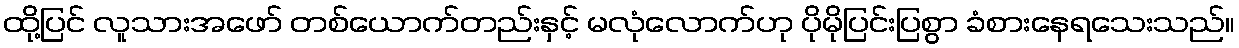
ထို့ပြင် လူသားအဖော် တစ်ယောက်တည်းနှင့် မလုံလောက်ဟု ပိုမိုပြင်းပြစွာ ခံစားနေရသေးသည်။